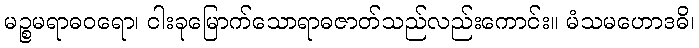
မဉ္စမရာဓဝရော၊ ငါးခုမြောက်သောရာဓဇာတ်သည်လည်းကောင်း။ မံသမဟောဒဓိ၊